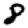
Digit: 8